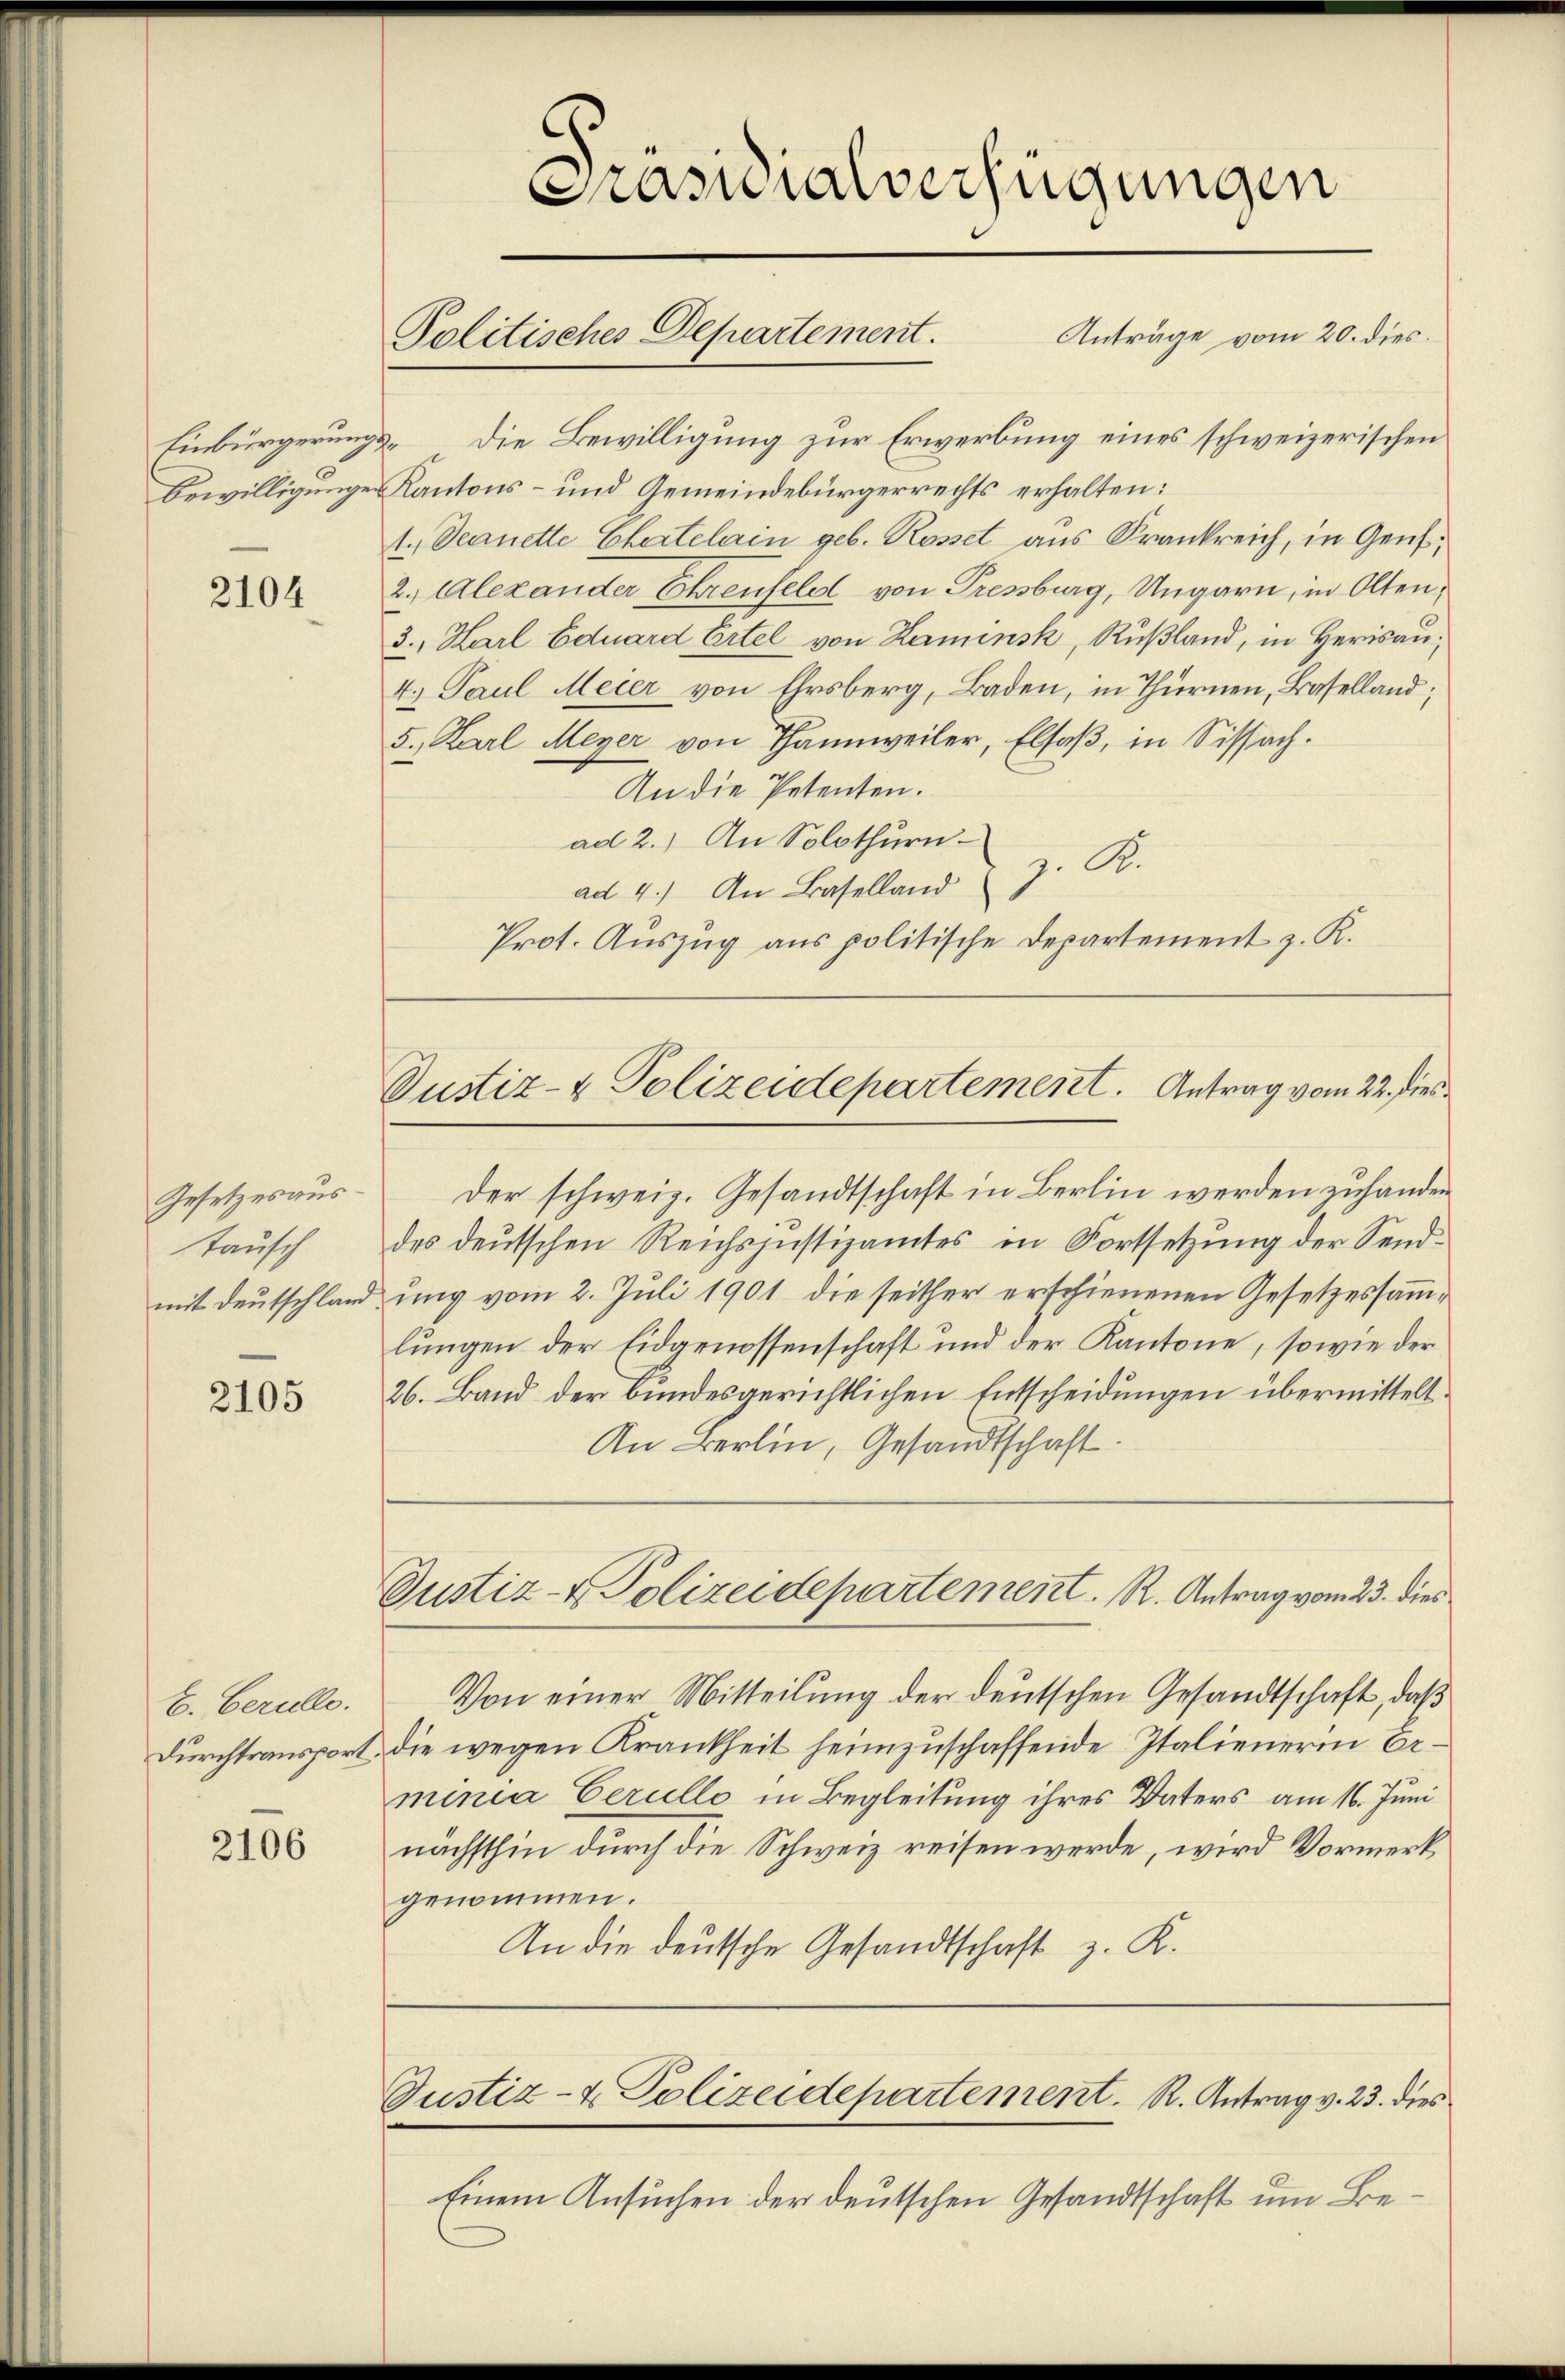
2104

Gesetzesaustausch

2105

E. Gerulle.
Durchtransport.

2106

Prasuialverfügungen
Anträge vom 20. dies
Politisches Departement.

Einbürgerungs die Bewilligung zur Erwerbung eines schweizerischen
Bewilligungen Kantons- und Gemeindebürgerrechts erhalten:
1.) Seanette Chartelain geb. Rosset aus Frankreich, in Genf,
2. Alexander Ehrenfeld von Pressburg, Ungarn, in Olten,
3., Karl Eduard Ertel von Kaminsk, Rußland, in Herisau,
4. Paul Meier von Ehrsberg, Baden, in Thurnen, Baselland;
5., Karl Meyer von Thannweiler, Elsaβ, in Sissach.
An die Petenten.
ad 2.) An Solothurn
z. A.
ad 4.) An Baselland
Prot. Auszug aus politische Departement z. K.

Justiz- & Polizeidepartement. Antrag vom 22. dies

der schweiz. Gesandtschaft in Berlin werden zuhander
des deutschen Reichsjustizamtes in Fortsetzung der Sendmit Deutschland ung vom 2. Juli 1901 die seither erschienenen Gesetzessamlungen der Eidgenossenschaft und der Kantone, sowie der
26. Band der bundesgerichtlichen Entscheidungen übermittelt.
An Berlin, Gesandtschaft.
Justiz- & Polizeidepartement. R. Antrag vom 23. dies
Von einer Mitteilung der deutschen Gesandtschaft, daß
die wegen Krankheit heimzuschaffende Italienerin Erminia Cerullo in Begleitung ihres Vaters am 16. Juni
nächsthin durch die Schweiz reisen werde, wird Vormerk
genommen.
An die deutsche Gesandtschaft z. K.

Justiz- & Polizeidepartement. R. Antrag v. 23. dies

Einem Ansuchen der deutschen Gesandtschaft um Be¬